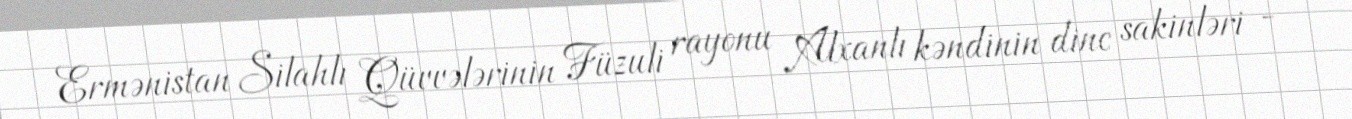
Ermənistan Silahlı Qüvvələrinin Füzuli rayonu Alxanlı kəndinin dinc sakinləri -